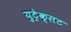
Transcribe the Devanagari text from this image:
युट्रेक्सट